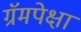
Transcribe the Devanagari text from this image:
ग्रॅमपेक्षा